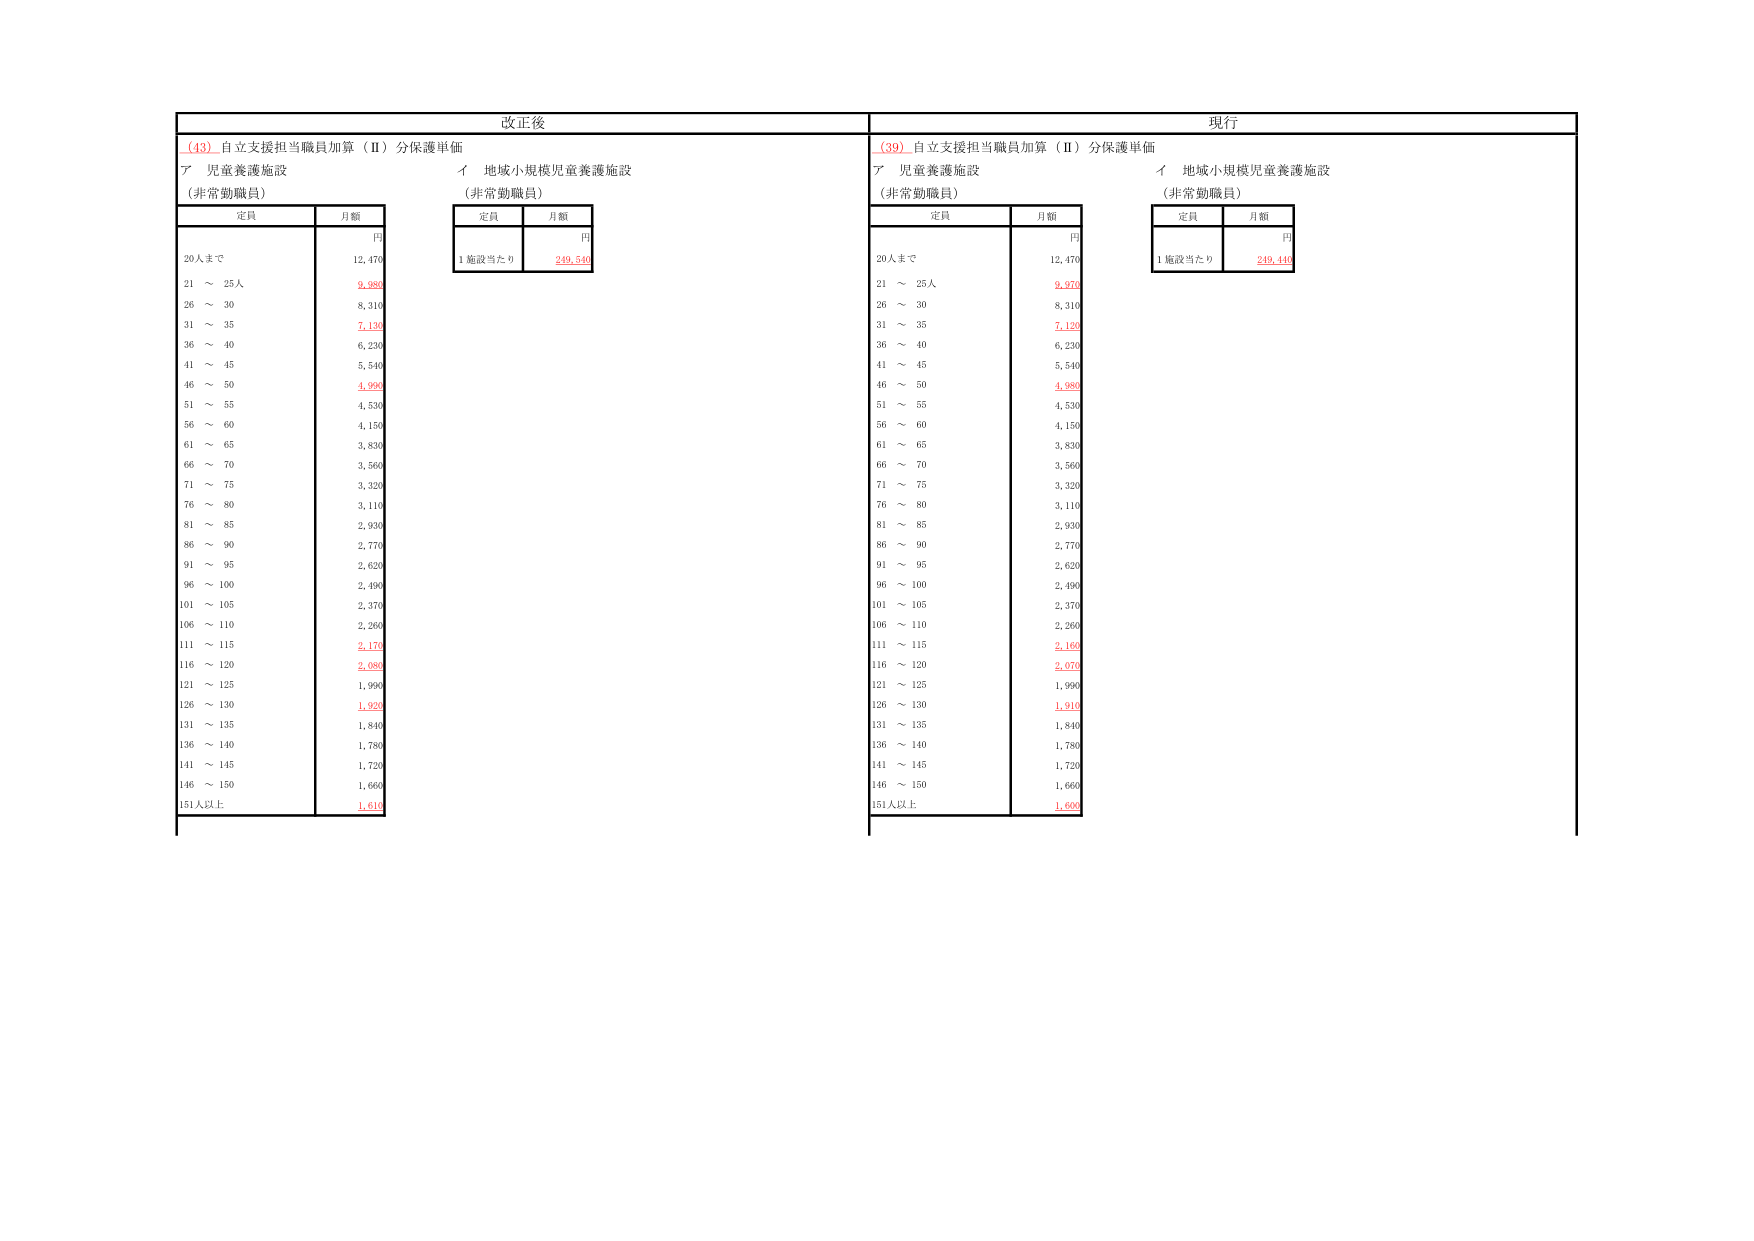
改正後

(43) 自立支援担当職員加算（Ⅱ）分保護単価
ア 児童養護施設
（非常勤職員）

定員 月額
円
20人まで 12,470
21 ～ 25人 9,980
26 ～ 30 8,310
31 ～ 35 7,130
36 ～ 40 6,230
41 ～ 45 5,540
46 ～ 50 4,990
51 ～ 55 4,530
56 ～ 60 4,150
61 ～ 65 3,830
66 ～ 70 3,560
71 ～ 75 3,320
76 ～ 80 3,110
81 ～ 85 2,930
86 ～ 90 2,770
91 ～ 95 2,620
96 ～ 100 2,490
101 ～ 105 2,370
106 ～ 110 2,260
111 ～ 115 2,170
116 ～ 120 2,080
121 ～ 125 1,990
126 ～ 130 1,920
131 ～ 135 1,840
136 ～ 140 1,780
141 ～ 145 1,720
146 ～ 150 1,660
151人以上 1,610

イ 地域小規模児童養護施設
（非常勤職員）

定員 月額
円
1施設当たり 249,540

現行

(39) 自立支援担当職員加算（Ⅱ）分保護単価
ア 児童養護施設
（非常勤職員）

定員 月額
円
20人まで 12,470
21 ～ 25人 9,970
26 ～ 30 8,310
31 ～ 35 7,120
36 ～ 40 6,230
41 ～ 45 5,540
46 ～ 50 4,980
51 ～ 55 4,530
56 ～ 60 4,150
61 ～ 65 3,830
66 ～ 70 3,560
71 ～ 75 3,320
76 ～ 80 3,110
81 ～ 85 2,930
86 ～ 90 2,770
91 ～ 95 2,620
96 ～ 100 2,490
101 ～ 105 2,370
106 ～ 110 2,260
111 ～ 115 2,160
116 ～ 120 2,070
121 ～ 125 1,990
126 ～ 130 1,910
131 ～ 135 1,840
136 ～ 140 1,780
141 ～ 145 1,720
146 ～ 150 1,660
151人以上 1,600

イ 地域小規模児童養護施設
（非常勤職員）

定員 月額
円
1施設当たり 249,440